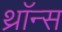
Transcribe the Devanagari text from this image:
थ्राॅन्स